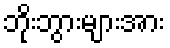
ဘိုးဘွားများအား